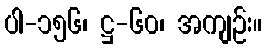
ပါ-၁၅၆၊ ဋ္ဌ-၆၀၊ အကျဉ်း။